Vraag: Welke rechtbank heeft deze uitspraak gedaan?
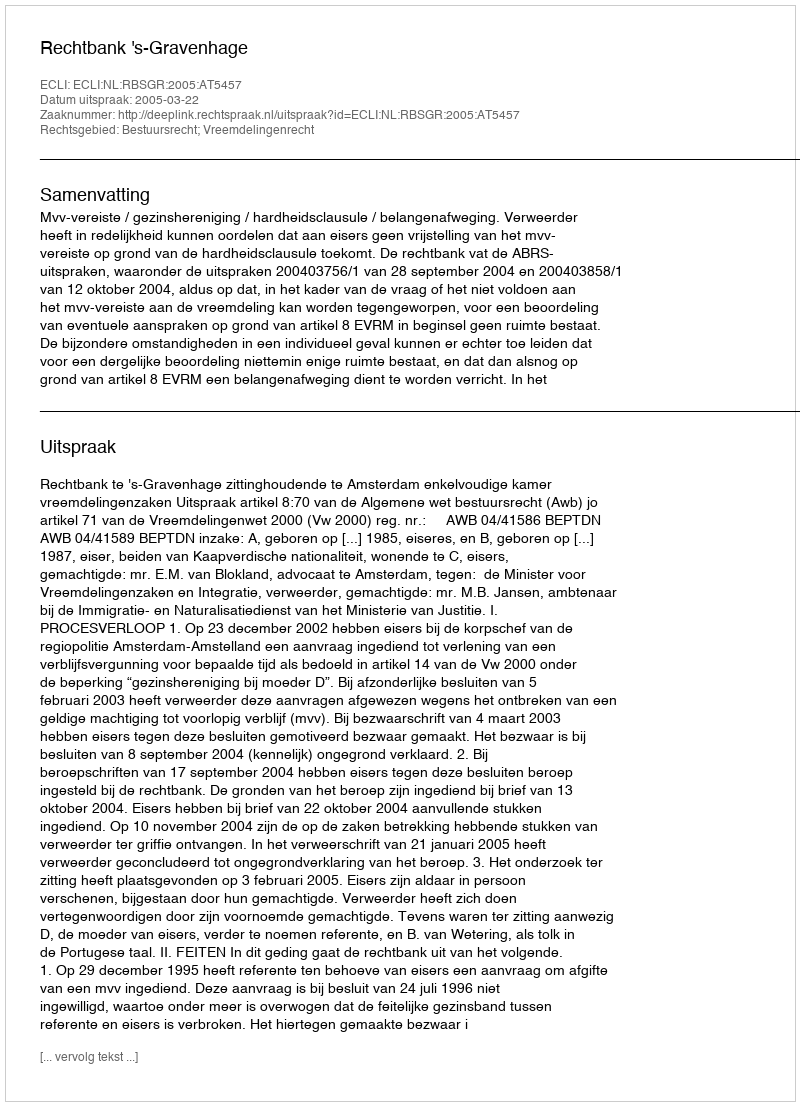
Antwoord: Rechtbank 's-Gravenhage